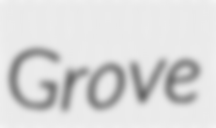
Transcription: Grove